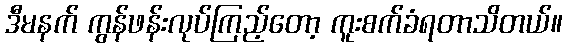
ဒီမနက် ကွန်ဖန်းလုပ်ကြည့်တော့ ကူးစက်ခံရတာသိတယ်။